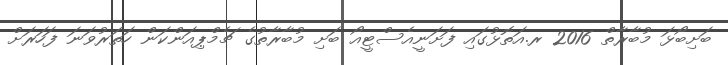
ބަށިބޯޅަ މުބާރާތް 2016 ރ.އަތޮޅުގައި ފަށަނީއެސްޓީއޯ ބަށި މުބާރާތުގެ ޗެމްޕިއަންކަން ހަތަރުވަނަ ފަހަރަށް